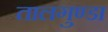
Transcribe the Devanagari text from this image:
तालगुण्डा